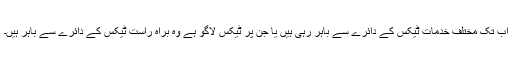
اب تک مختلف خدمات ٹیکس کے دائرے سے باہر رہی ہیں یا جن پر ٹیکس لاگو ہے وہ براہ راست ٹیکس کے دائرے سے باہر ہیں۔